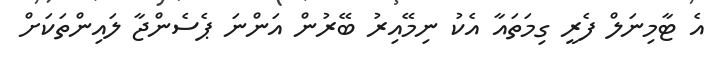
އެ ޓާމިނަލް ފެރީ ގިމަތައާ އެކު ނިމޭއިރު ބޭރުން އަންނަ ޕެސެންޖާ ލައިންތަކަށް